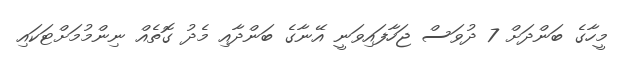
މީހާގެ ބަންދަށް 7 ދުވަސް ޖަހާފައިވަނީ އޭނާގެ ބަންދާއި މެދު ގޮތެއް ނިންމުމަށްޓަކައި